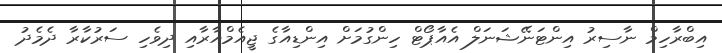
އިބްރާހިމް ނާސިރު އިންޓަނޭޝަނަލް އެއާޕޯޓް ހިންގުމަށް އިންޑިއާގެ ޖީއެމްއާރާއި ދިވެހި ސަރުކާރާ ދެމެދު